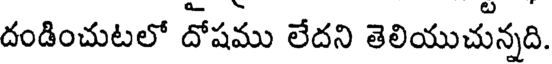
దండించుటలో దోషము లేదని తెలియుచున్నది.